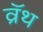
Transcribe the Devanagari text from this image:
व्रॅथ